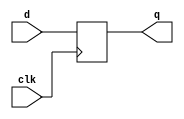
module reg16_ex1(clk,d,q);

  input clk;
  input [15:0] d;
  output reg [15:0] q;

  always @ (posedge clk)
  begin
    q <= d;
  end

endmodule